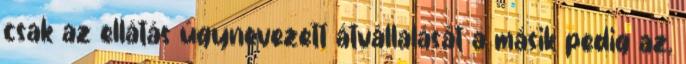
csak az ellátás úgynevezett átvállalását a másik pedig az,